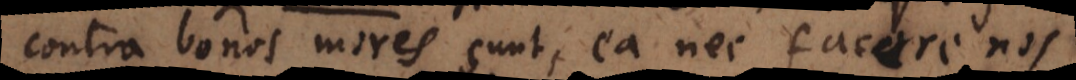
contra bonos mores sunt, ea nec facere nos